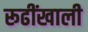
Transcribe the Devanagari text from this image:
रूढींखाली